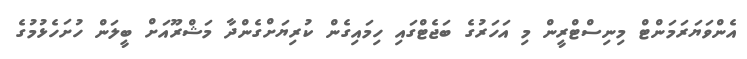
އެންވަޔަރަމަންޓް މިނިސްޓްރީން މި އަހަރުގެ ބަޖެޓްގައި ހިމައިގެން ކުރިޔަށްގެންދާ މަޝްރޫއަށް ބީލަން ހުށަހެޅުމުގެ